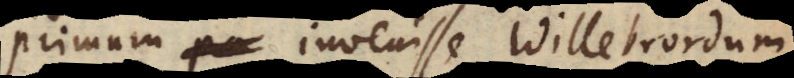
primum invenisse Willebrordum